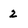
Character: 2